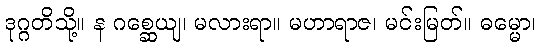
ဒုဂ္ဂတိသို့။ န ဂစ္ဆေယျ၊ မလားရာ။ မဟာရာဇ၊ မင်းမြတ်။ ဓမ္မော၊